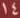
14